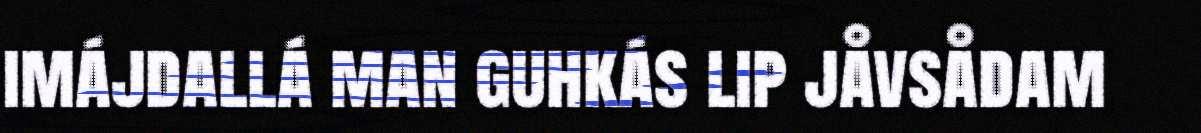
imájdallá man guhkás lip jåvsådam